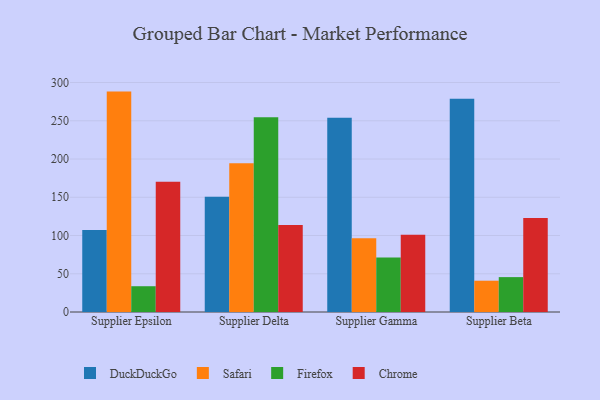
{"axis": {"x": "Supplier", "y": "Net Income (USD K)"}, "legend": ["Chrome", "DuckDuckGo", "Firefox", "Safari"], "data": [{"x": "Supplier Epsilon", "y": 107.2, "type": "DuckDuckGo"}, {"x": "Supplier Epsilon", "y": 288.1, "type": "Safari"}, {"x": "Supplier Epsilon", "y": 33.7, "type": "Firefox"}, {"x": "Supplier Epsilon", "y": 170.4, "type": "Chrome"}, {"x": "Supplier Delta", "y": 150.6, "type": "DuckDuckGo"}, {"x": "Supplier Delta", "y": 194.4, "type": "Safari"}, {"x": "Supplier Delta", "y": 254.7, "type": "Firefox"}, {"x": "Supplier Delta", "y": 113.8, "type": "Chrome"}, {"x": "Supplier Gamma", "y": 253.9, "type": "DuckDuckGo"}, {"x": "Supplier Gamma", "y": 96.5, "type": "Safari"}, {"x": "Supplier Gamma", "y": 71.3, "type": "Firefox"}, {"x": "Supplier Gamma", "y": 101.0, "type": "Chrome"}, {"x": "Supplier Beta", "y": 278.7, "type": "DuckDuckGo"}, {"x": "Supplier Beta", "y": 40.9, "type": "Safari"}, {"x": "Supplier Beta", "y": 45.6, "type": "Firefox"}, {"x": "Supplier Beta", "y": 122.8, "type": "Chrome"}]}